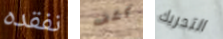
نفقده كشف التحريك